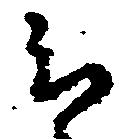
云